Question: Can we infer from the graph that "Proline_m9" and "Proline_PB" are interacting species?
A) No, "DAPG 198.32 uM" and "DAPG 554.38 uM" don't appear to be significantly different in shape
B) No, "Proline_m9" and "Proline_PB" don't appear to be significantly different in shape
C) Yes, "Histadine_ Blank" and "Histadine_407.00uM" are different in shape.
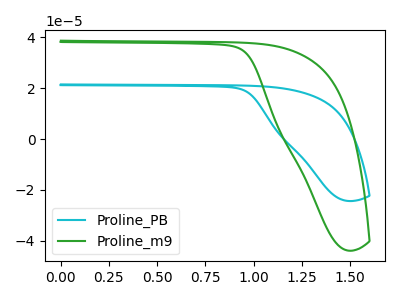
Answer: <think>The cyan curve "Proline_PB" has no peaks. The green curve "Proline_m9" has no peaks.
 Neither "Proline_m9" or "Proline_PB" have any peaks.</think>
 <answer>B) No, "Proline_m9" and "Proline_PB" don't appear to be significantly different in shape</answer>
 <eval>B</eval>